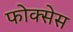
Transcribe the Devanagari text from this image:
फोक्सेस